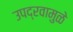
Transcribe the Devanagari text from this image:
उपद्रवामुळे